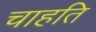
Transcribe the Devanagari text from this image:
चाहति